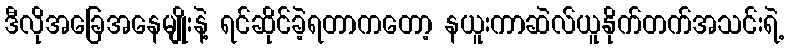
ဒီလိုအခြေအနေမျိုးနဲ့ ရင်ဆိုင်ခဲ့ရတာကတော့ နယူးကာဆဲလ်ယူနိုက်တက်အသင်းရဲ့